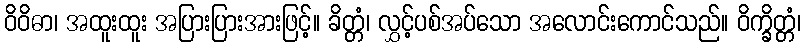
ဝိဝိဓာ၊ အထူးထူး အပြားပြားအားဖြင့်။ ခိတ္တံ၊ လွှင့်ပစ်အပ်သော အလောင်းကောင်သည်။ ဝိက္ခိတ္တံ၊